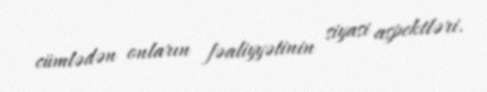
cümlədən onların fəaliyyətinin siyasi aspektləri.